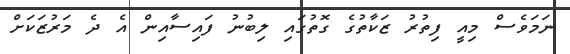
ނަމަވެސް މިއީ ފިތުރު ޒަކާތުގެ ގޮތުގައި ލިބުނު ފައިސާއިން އެ ދެ މަރުޒަކަށް